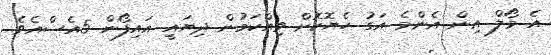
އެ މޯލް އިން އެންމެ އަގު ހެޔޮކޮށް ވިއްކަމުން ދިޔައީ އައިފޯން 5އެސްއެވެ.